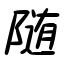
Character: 随